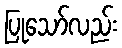
ပြုသော်လည်း